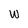
Character: w